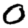
Digit: 0